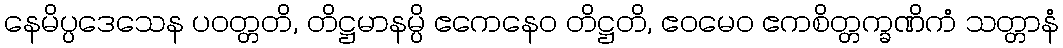
နေမိပ္ပဒေသေန ပဝတ္တတိ, တိဋ္ဌမာနမ္ပိ ဧကေနေဝ တိဋ္ဌတိ, ဧဝမေဝ ဧကစိတ္တက္ခဏိကံ သတ္တာနံ